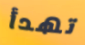
تهدأ